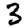
Digit: 3